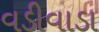
વડીવાડા